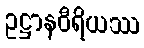
ဥဋ္ဌာနဝီရိယဿ